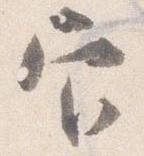
官